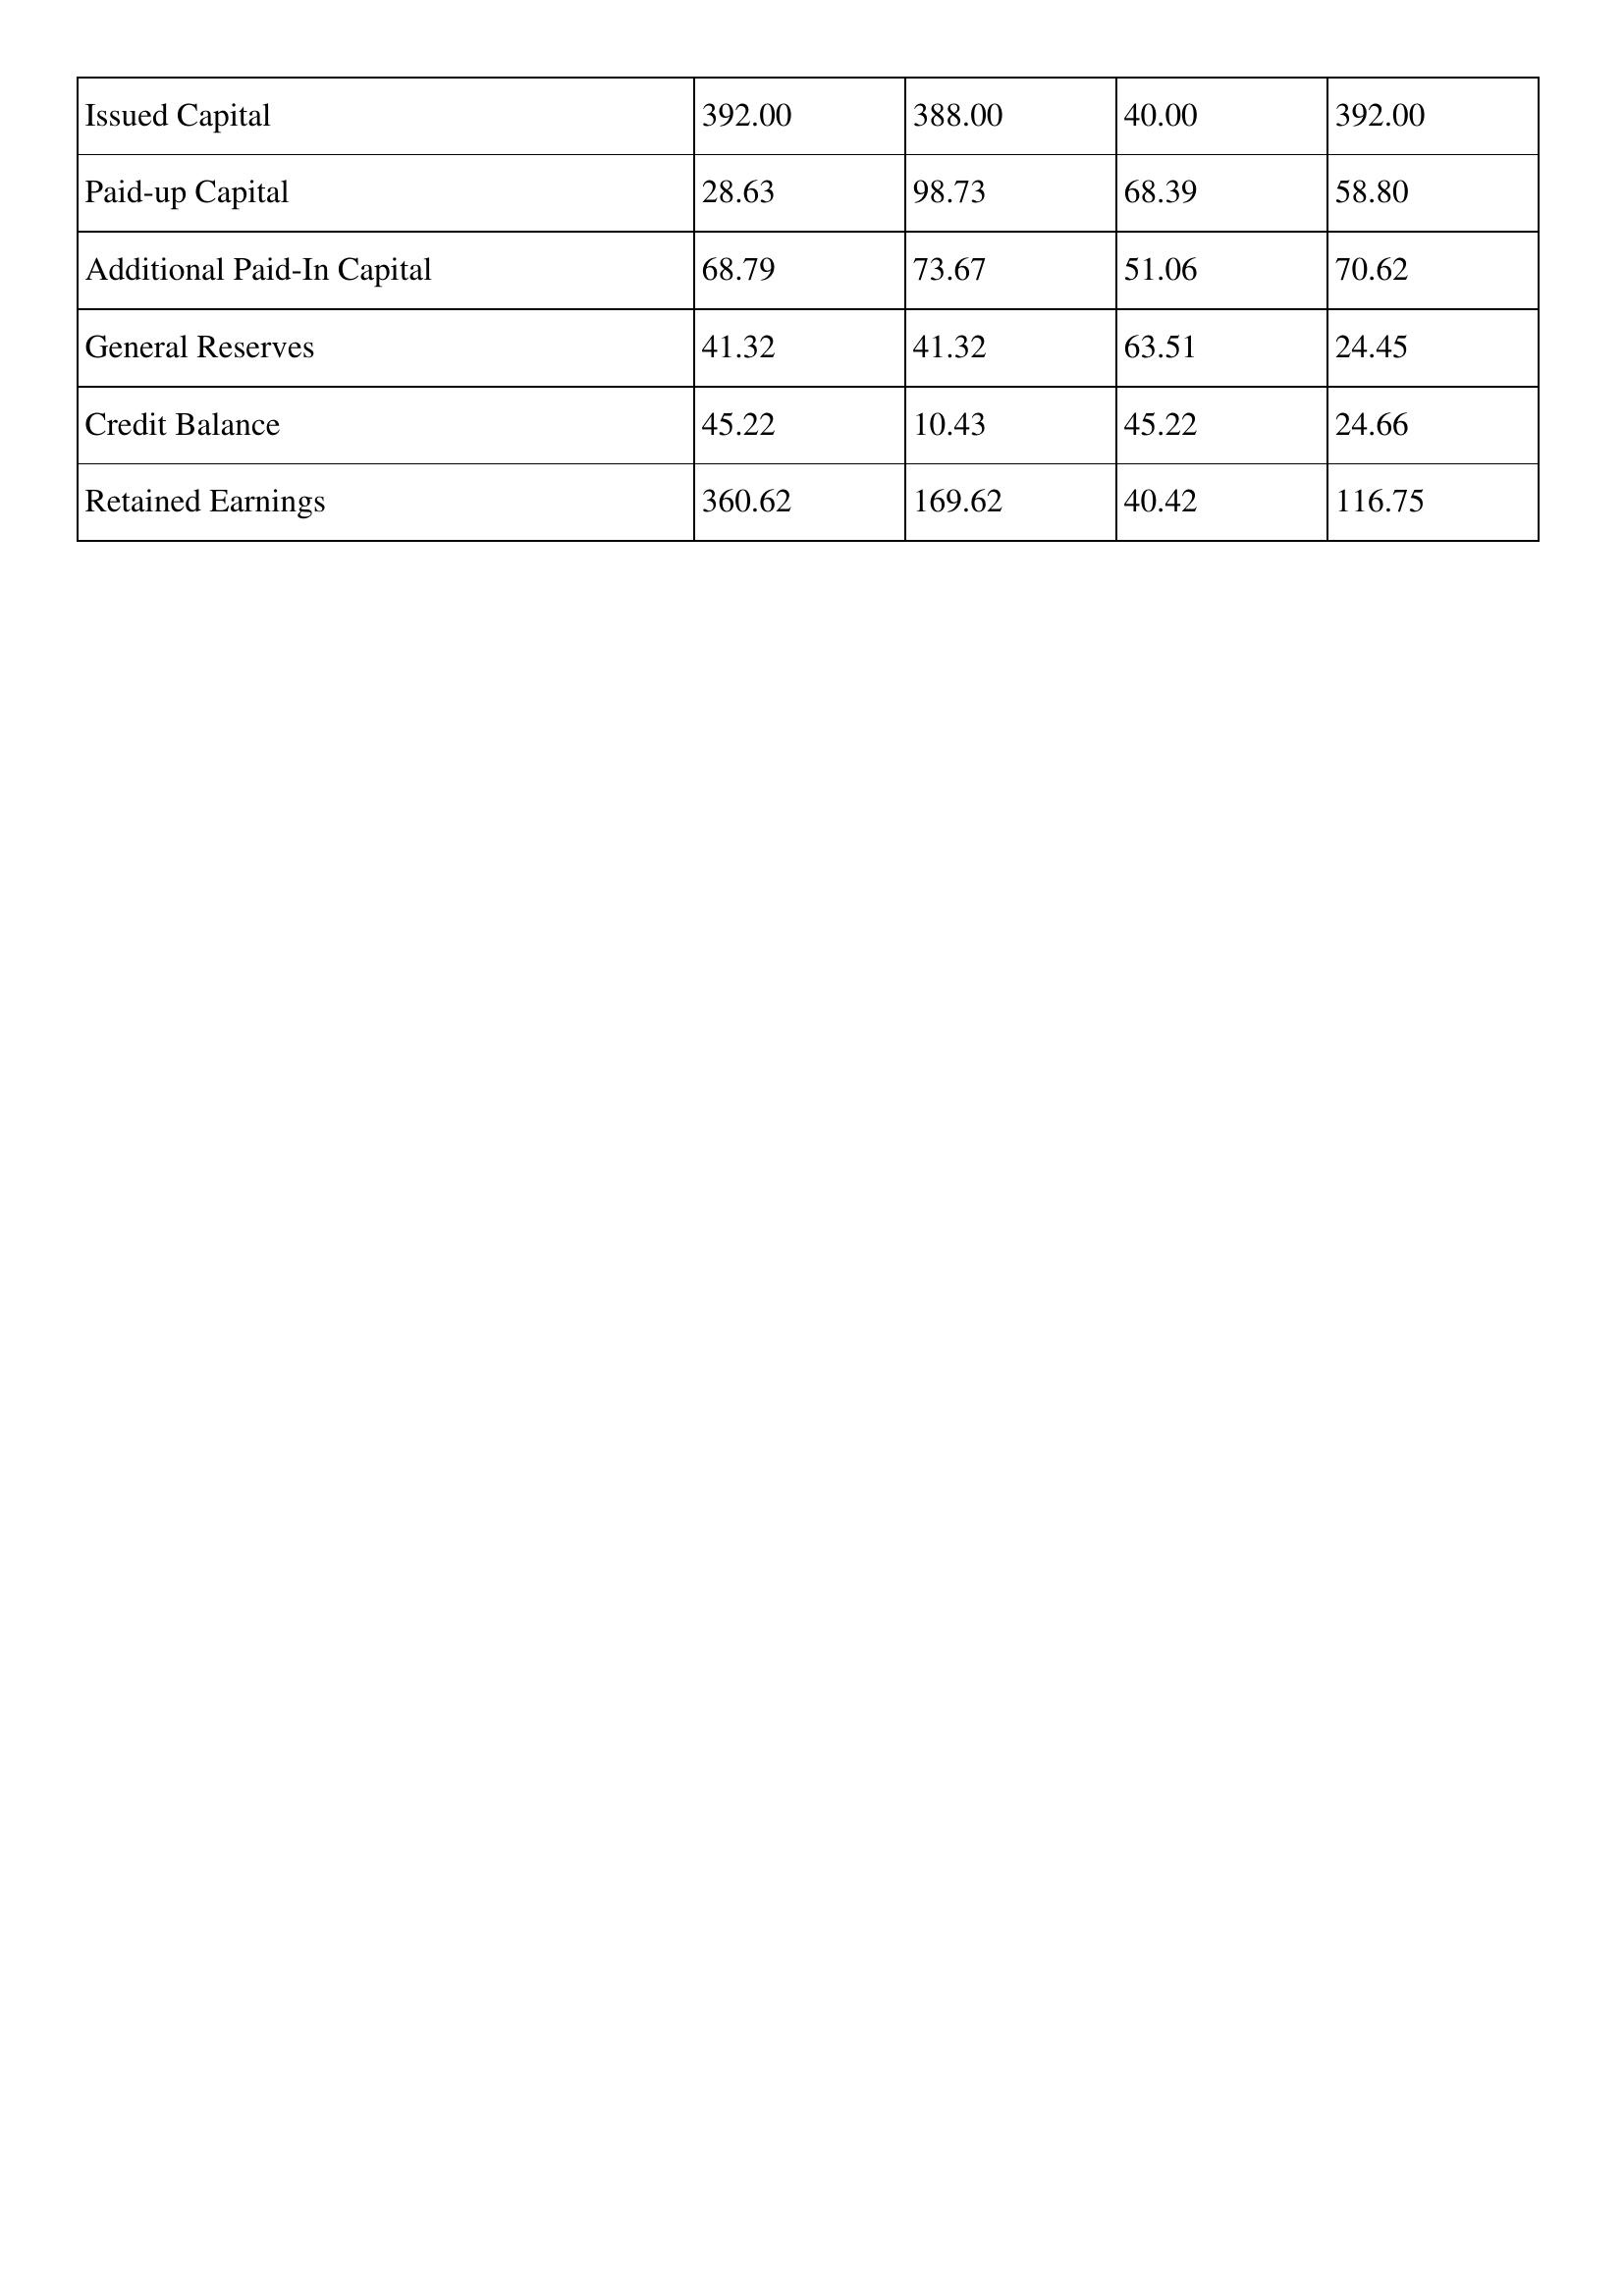
gt_parse: 2003: Issued Capital: 392.00
Paid-up Capital: 28.63
Additional Paid-In Capital: 68.79
General Reserves: 41.32
Credit Balance: 45.22
Retained Earnings: 360.62
2002: Issued Capital: 388.00
Paid-up Capital: 98.73
Additional Paid-In Capital: 73.67
General Reserves: 41.32
Credit Balance: 10.43
Retained Earnings: 169.62
2001: Issued Capital: 40.00
Paid-up Capital: 68.39
Additional Paid-In Capital: 51.06
General Reserves: 63.51
Credit Balance: 45.22
Retained Earnings: 40.42
2000: Issued Capital: 392.00
Paid-up Capital: 58.80
Additional Paid-In Capital: 70.62
General Reserves: 24.45
Credit Balance: 24.66
Retained Earnings: 116.75